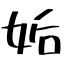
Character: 姤